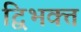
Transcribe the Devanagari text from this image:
द्विभक्त